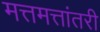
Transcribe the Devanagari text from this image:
मत्तमत्तांतरी